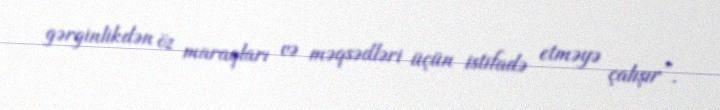
gərginlikdən öz maraqları və məqsədləri üçün istifadə etməyə çalışır”.